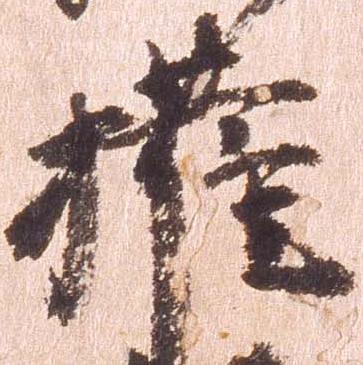
権